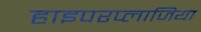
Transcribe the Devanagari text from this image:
हाइपरप्लाजिया